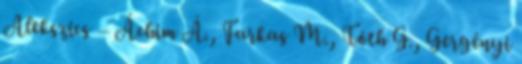
Alekszics – Áchim Á., Farkas M., Tóth G., Gergényi